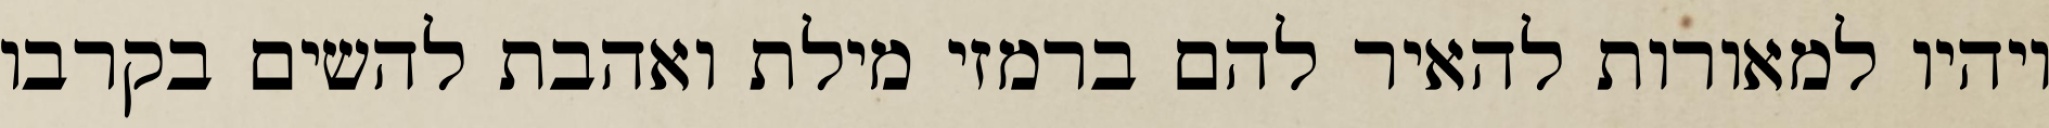
ויהיו למאורות להאיר להם ברמזי מילת ואהבת להשים בקרבו